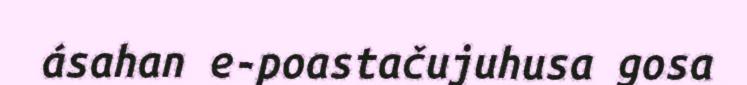
ásahan e-poastačujuhusa gosa